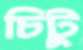
চিটু